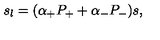
s _ { l } = ( \alpha _ { + } P _ { + } + \alpha _ { - } P _ { - } ) s ,